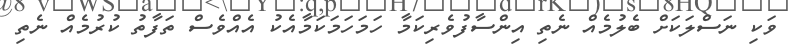
ވަކި ނަސްލަކަށް ބެލުމެއް ނެތި އިންސާފުވެރިކަމާ ހަމަހަމަކަމާއެކު އެއްވެސް ތަފާތު ކުރުމެއް ނެތި